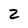
Character: 2